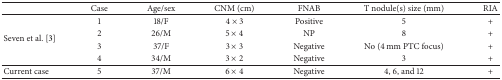
<table><thead><tr><td><b> </b></td><td><b>Case</b></td><td><b>Age/sex</b></td><td><b>CNM (cm)</b></td><td><b>FNAB </b></td><td><b>T nodule(s) size (mm)</b></td><td><b>RIA </b></td></tr></thead><tbody><tr><td rowspan="4">Seven et al. [3]</td><td>1</td><td>18/F</td><td>4 × 3</td><td>Positive</td><td>5</td><td>+</td></tr><tr><td>2</td><td>26/M</td><td>5 × 4</td><td>NP</td><td>8</td><td>+</td></tr><tr><td>3</td><td>37/F</td><td>3 × 3</td><td>Negative</td><td>No (4 mm PTC focus)</td><td>+</td></tr><tr><td>4</td><td>34/M</td><td>3 × 2</td><td>Negative</td><td>3</td><td>+</td></tr><tr><td> Current case</td><td>5</td><td>37/M</td><td>6 × 4</td><td>Negative</td><td>4, 6, and 12</td><td>+</td></tr></tbody></table>